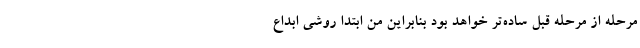
مرحله از مرحله قبل ساده‌تر خواهد بود بنابراین من ابتدا روشی ابداع